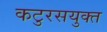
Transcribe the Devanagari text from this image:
कटुरसयुक्त